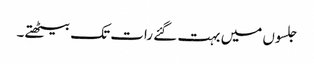
جلسوں میں بہت گئے رات تک بیٹھتے۔